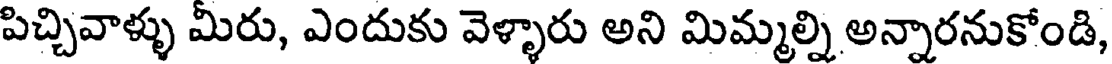
పిచ్చివాళ్ళు మీరు, ఎందుకు వెళ్ళారు అని మిమ్మల్ని అన్నారనుకోండి,